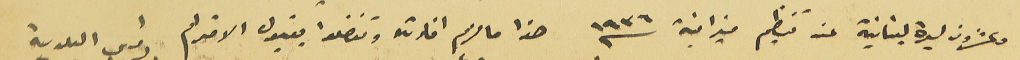
وعشرون ليرة لبنانية عند تنظيم ميزانية سنه ١٩٣٦ هذا ما لزم افادته وتفضلوا بقبول الاحترام رئيس البلدية